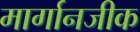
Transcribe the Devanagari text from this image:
मार्गानजीक